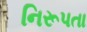
નિરૂપતા